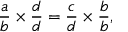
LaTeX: { \frac { a } { b } } \times { \frac { d } { d } } = { \frac { c } { d } } \times { \frac { b } { b } } ,